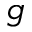
g